Distribution and causation of leprosy in British India
Year: 1875
Disease focus: Leprosy
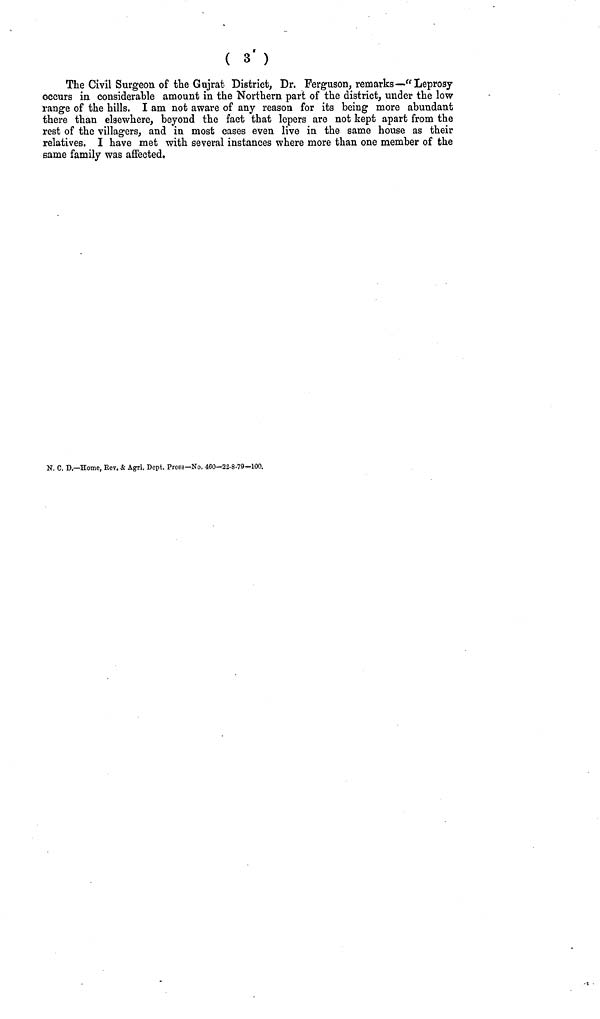
( 3 )
The Civil Surgeon of the Gujrat District, Dr. Ferguson, remarks—"Leprosy
occurs in considerable amount in the Northern part of the district, under the low
range of the hills. I am not aware of any reason for its being more abundant
there than elsewhere, beyond the fact that lepers are not kept apart from the
rest of the villagers, and in most cases even live in the same house as their
relatives. I have met with several instances where more than one member of the
same family was affected.
N. C. D.—Home, Eev. & Agri. Dcpt. Press—No. 460—22-8-79—100.